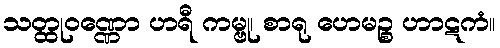
သတ္ထုဝဏ္ဏော ဟရီ ကမ္ဗု၊ စာရု ဟေမဉ္စ ဟာဋကံ။